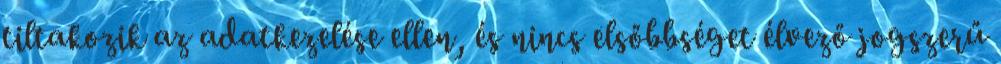
tiltakozik az adatkezelése ellen, és nincs elsőbbséget élvező jogszerű